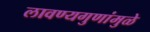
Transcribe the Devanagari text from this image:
लावण्यगुणांमुळे